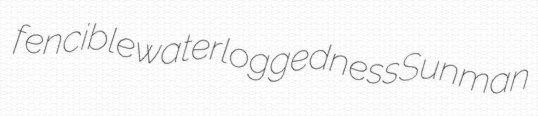
fencible waterloggedness Sunman